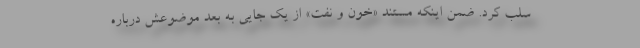
سلب کرد. ضمن اینکه مستند «خون و نفت» از یک جایی به بعد موضوعش درباره